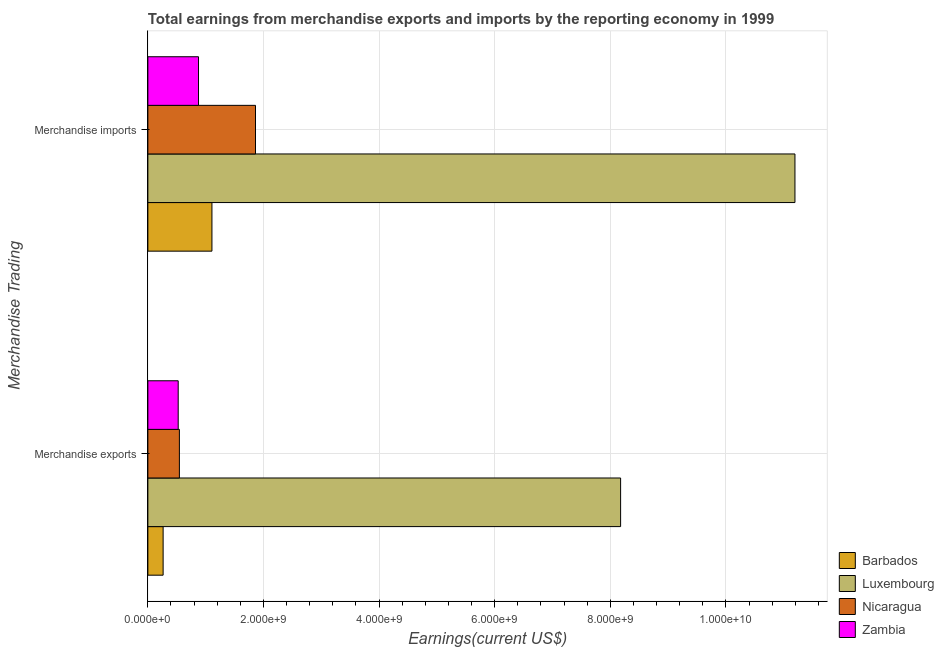
| Merchandise Trading | Barbados | Luxembourg | Nicaragua | Zambia |
 | --- | --- | --- | --- | --- |
 | Merchandise exports | 2.64e+08 | 8.18e+09 | 5.45e+08 | 5.25e+08 |
 | Merchandise imports | 1.11e+09 | 1.12e+10 | 1.86e+09 | 8.76e+08 |